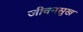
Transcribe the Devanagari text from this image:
जीवनसुख